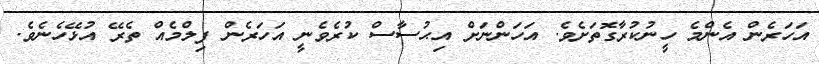
އަހަރެން އެންމެ ހީނުކުރާގޮތަށެވެ. އަހަންނަށް އިޙުސާސް ކުރެވެނީ އަހަރެން ފިލްމެއް ތެރޭ އުޅޭހެނެވެ.